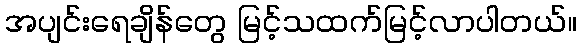
အပျင်းရေချိန်တွေ မြင့်သထက်မြင့်လာပါတယ်။